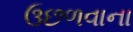
ઉછળવાના